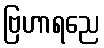
ဗြဟာရညေ